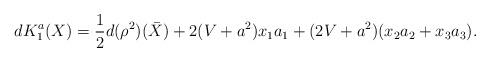
LaTeX: \begin{align*}dK_1^a(X) = \frac{1}{2}d(\rho^2)(\bar{X}) + 2(V + a^2)x_1a_1 + (2V + a^2)(x_2a_2 + x_3a_3).\end{align*}